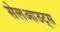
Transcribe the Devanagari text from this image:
सेलआउट्स